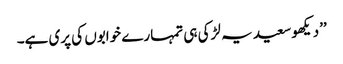
’’دیکھو سعید یہ لڑکی ہی تمہارے خوابوں کی پری ہے۔